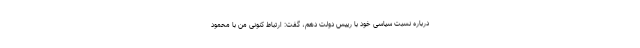
درباره نسبت سیاسی خود با رییس دولت دهم، گفت: ارتباط کنونی من با محمود